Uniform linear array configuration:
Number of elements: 16
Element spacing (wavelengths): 0.75
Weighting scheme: binomial
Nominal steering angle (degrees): -60
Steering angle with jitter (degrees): -61.457
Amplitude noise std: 0.05
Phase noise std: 0.05

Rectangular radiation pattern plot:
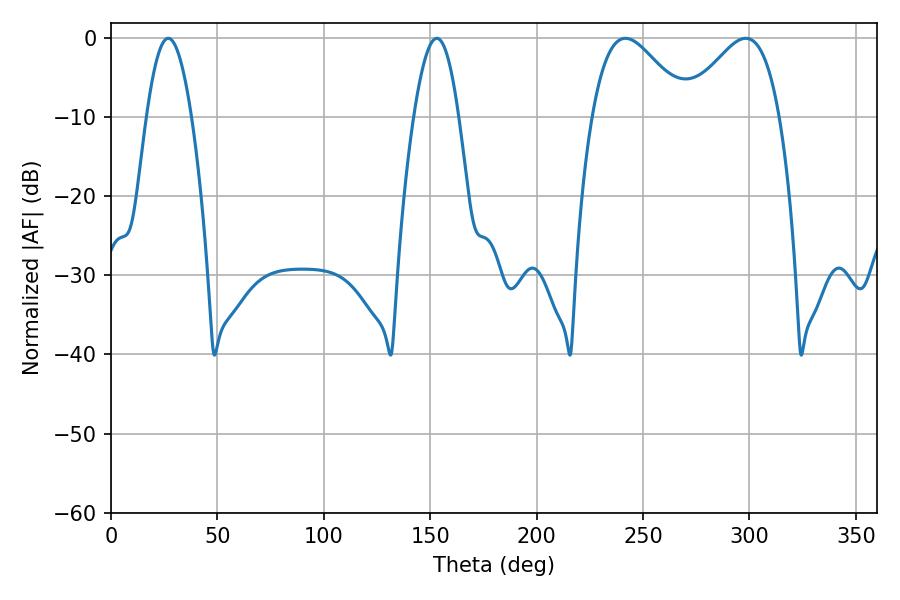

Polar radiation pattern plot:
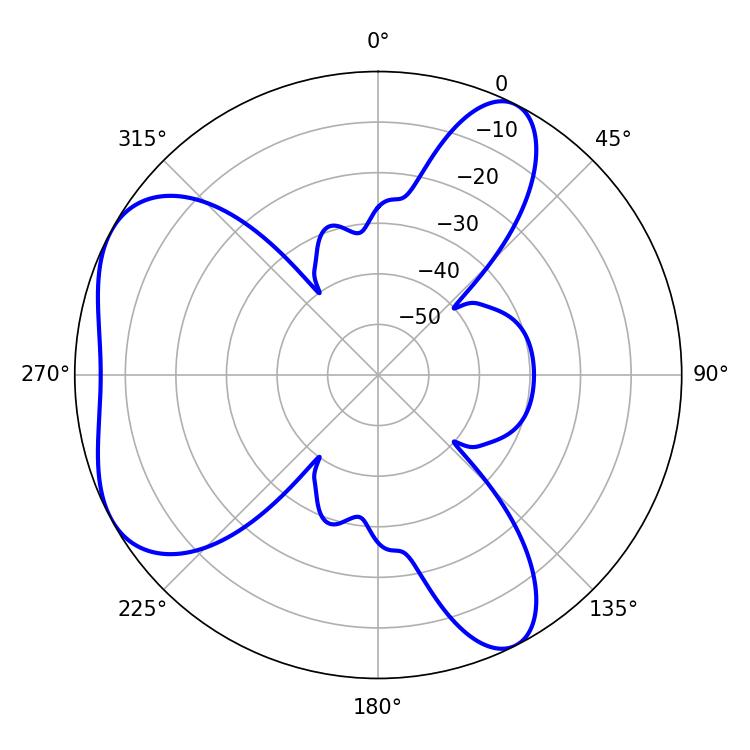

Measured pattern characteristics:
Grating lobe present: TRUE
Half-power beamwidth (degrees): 23.94
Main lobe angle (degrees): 241.74